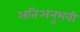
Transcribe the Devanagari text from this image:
अतिअनुभवी